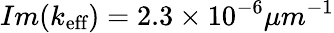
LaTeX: Im(k_{\textrm{eff}})=2.3\times 10^{-6}\mu m^{-1}